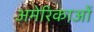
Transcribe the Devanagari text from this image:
अमेरिकाओं